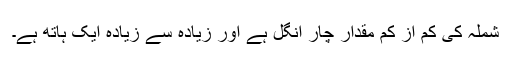
شملہ کی کم از کم مقدار چار انگل ہے اور زیادہ سے زیادہ ایک ہاتھ ہے۔